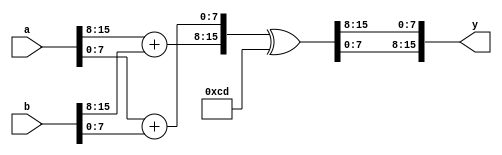
module test(a, b, y);

input [15:0] a, b;
output [15:0] y;

wire [7:0] ah = a[15:8], al = a[7:0];
wire [7:0] bh = b[15:8], bl = b[7:0];

wire [7:0] th = ah + bh, tl = al + bl;
wire [15:0] t = {th, tl}, k = t ^ 16'hcd;

assign y = { k[7:0], k[15:8] };

endmodule